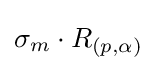
\sigma _{m}\cdot R_{(p,\alpha )}